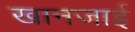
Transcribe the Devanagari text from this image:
खानजाई